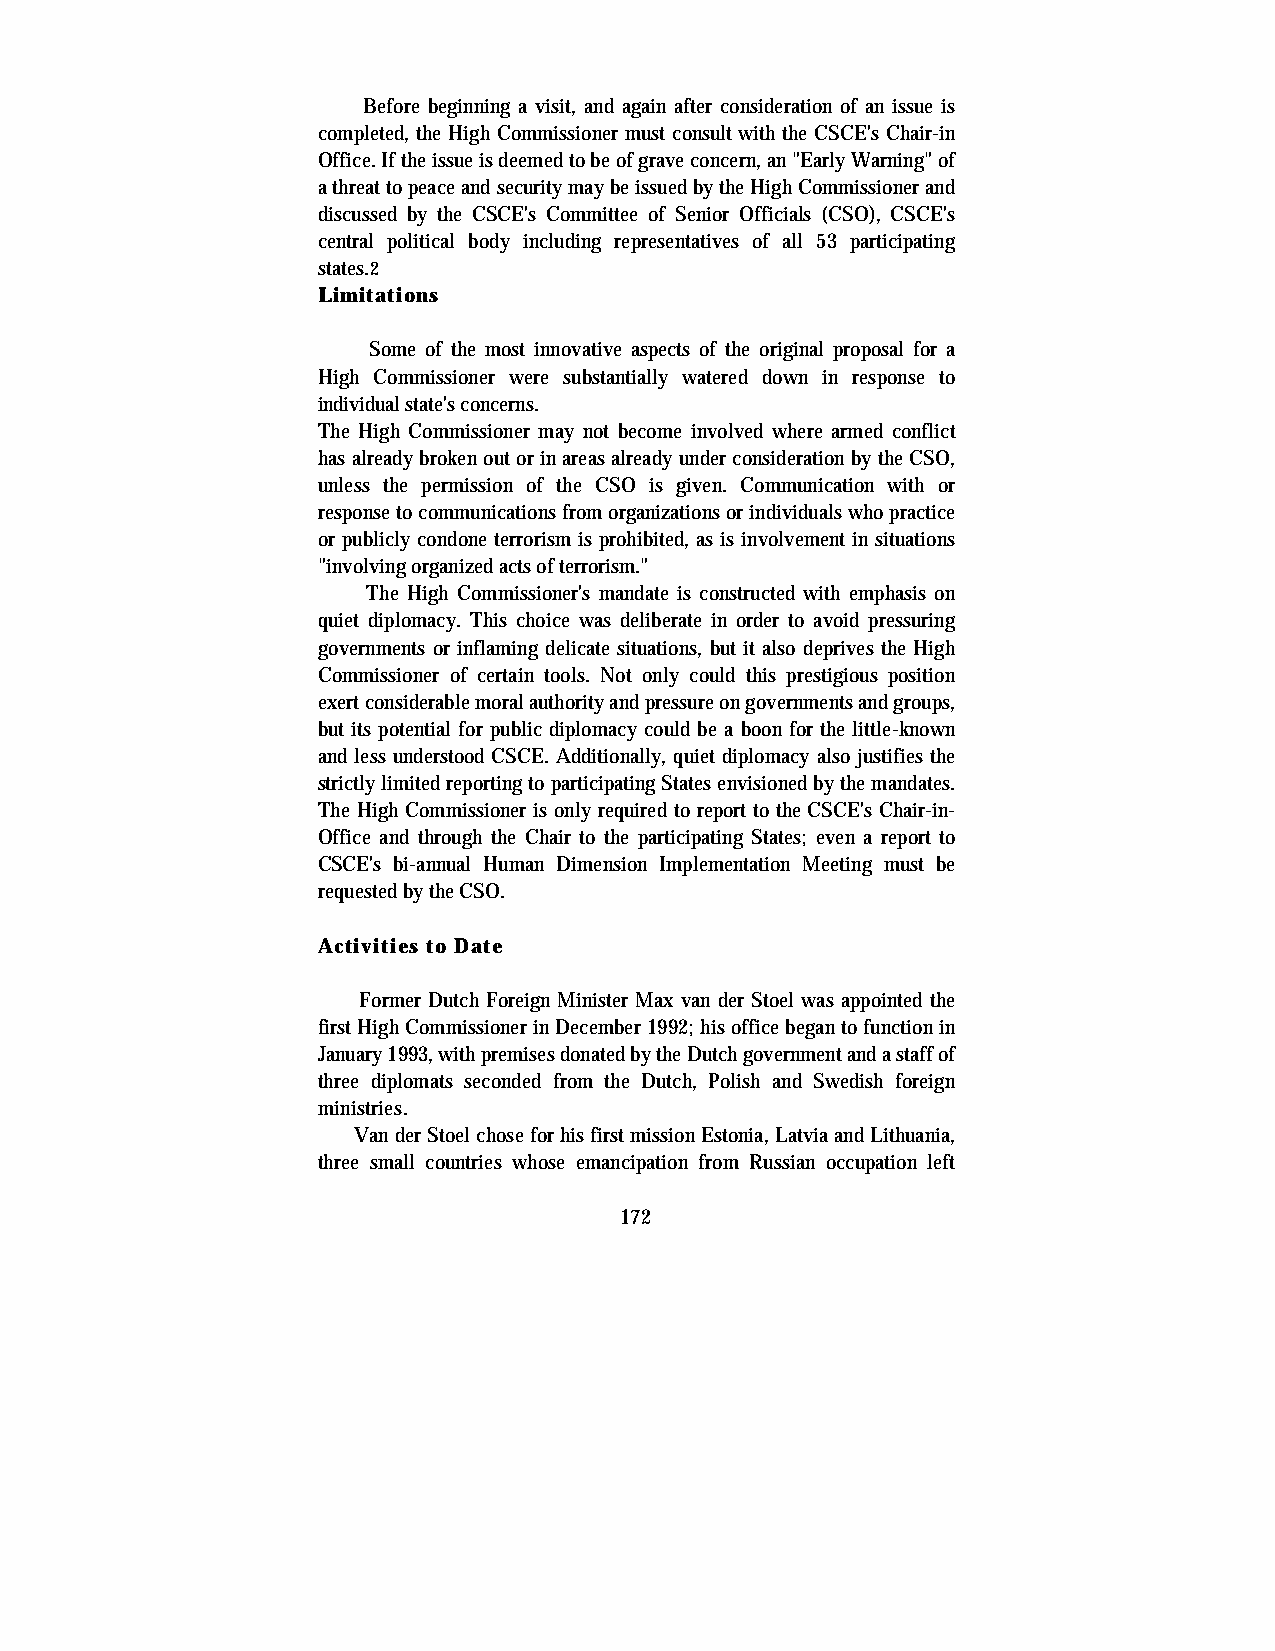
Before beginning a visit, and again after consideration of an issue is
 completed, the High Commissioner must consult with the CSCE's Chair-in
 Office. If the issue is deemed to be of grave concern, an "Early Warning" of
 a threat to peace and security may be issued by the High Commissioner and
 discussed by the CSCE's Committee of Senior Officials (CSO), CSCE's
 central political body including representatives of all 53 participating
 states.2
 Limitations
 Some of the most innovative aspects of the original proposal for a
 High Commissioner were substantially watered down in response to
 individual state's concerns.
 The High Commissioner may not become involved where armed conflict
 has already broken out or in areas already under consideration by the CSO,
 unless the permission of the CSO is given. Communication with or
 response to communications from organizations or individuals who practice
 or publicly condone terrorism is prohibited, as is involvement in situations
 "involving organized acts of terrorism."
 The High Commissioner's mandate is constructed with emphasis on
 quiet diplomacy. This choice was deliberate in order to avoid pressuring
 governments or inflaming delicate situations, but it also deprives the High
 Commissioner of certain tools. Not only could this prestigious position
 exert considerable moral authority and pressure on governments and groups,
 but its potential for public diplomacy could be a boon for the little-known
 and less understood CSCE. Additionally, quiet diplomacy also justifies the
 strictly limited reporting to participating States envisioned by the mandates.
 The High Commissioner is only required to report to the CSCE's Chair-in-
 Office and through the Chair to the participating States; even a report to
 CSCE's bi-annual Human Dimension Implementation Meeting must be
 requested by the CSO.
 Activities to Date
 Former Dutch Foreign Minister Max van der Stoel was appointed the
 first High Commissioner in December 1992; his office began to function in
 January 1993, with premises donated by the Dutch government and a staff of
 three diplomats seconded from the Dutch, Polish and Swedish foreign
 ministries.
 Van der Stoel chose for his first mission Estonia, Latvia and Lithuania,
 three small countries whose emancipation from Russian occupation left
 172